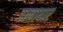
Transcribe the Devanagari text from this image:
डानाधार